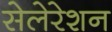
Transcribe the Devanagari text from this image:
सेलेरेशन